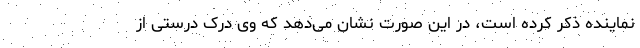
نماینده ذکر کرده است، در این صورت نشان می‌دهد که وی درک درستی از